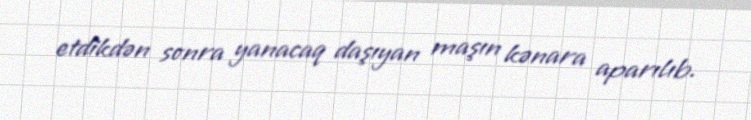
etdikdən sonra yanacaq daşıyan maşın kənara aparılıb.